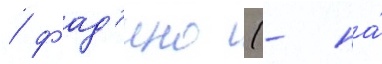
/ фад'ино (- на́